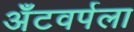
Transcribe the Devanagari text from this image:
अँटवर्पला